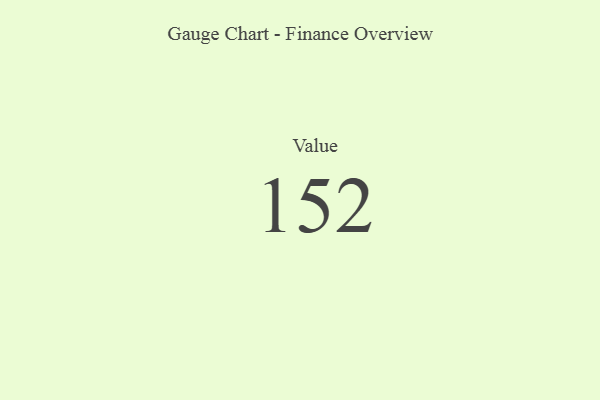
{"axis": {"x": "Metric", "y": "Value"}, "legend": [""], "data": [{"x": "Value", "y": 152, "type": ""}]}